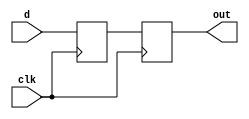
`timescale 1ns / 1ps

module synchronizer(
    input d, input clk,
    output out
    );
    
    reg a, b;
    initial begin
        a = 0;
        b = 0;
    end
    
    always@ (posedge clk) begin
        a <= d;
        b <= a;
    end
    
    assign out = b;
endmodule